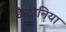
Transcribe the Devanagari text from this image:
कैटानिया